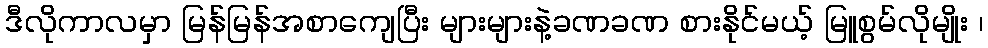
ဒီလိုကာလမှာ မြန်မြန်အစာကျေပြီး များများနဲ့ခဏခဏ စားနိုင်မယ့် မြူစွမ်လိုမျိုး ၊